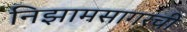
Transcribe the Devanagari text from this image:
निझामसागरची